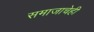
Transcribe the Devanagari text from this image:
समाजाचेही